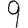
Digit: 9